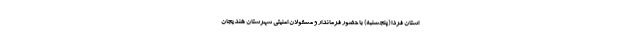
استان فردا (پنجشنبه) با حضور فرماندار و مسئولان امنیتی شهرستان هندیجان